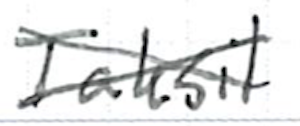
Text: Taksil
Cross-out: cross
Writing tool: ballpoint